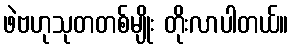
ဖဲဗဟုသုတတစ်မျိုး တိုးလာပါတယ်။